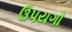
ઉપયગો